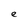
Character: e